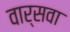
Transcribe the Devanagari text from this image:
वार्सवा